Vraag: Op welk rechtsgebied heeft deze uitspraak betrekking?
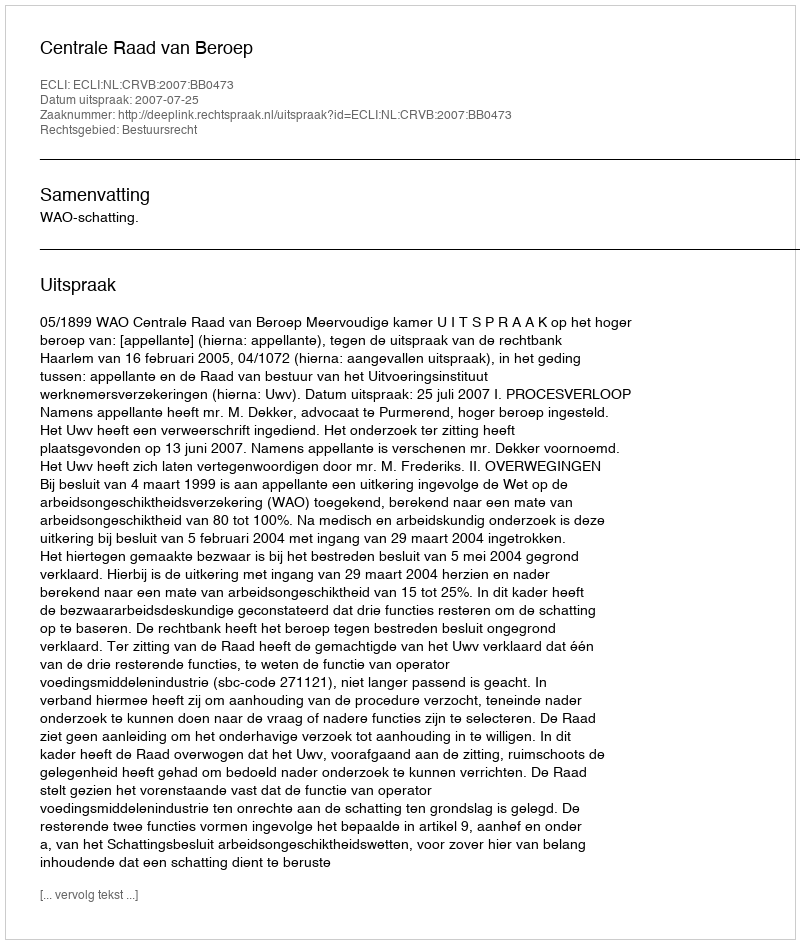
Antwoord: Bestuursrecht